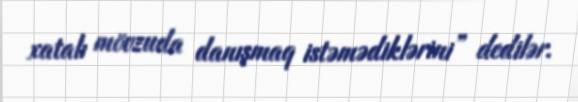
xatalı mövzuda danışmaq istəmədiklərini” dedilər.